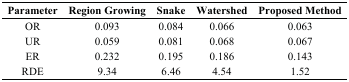
<table><thead><tr><td><b>Parameter</b></td><td><b>Region Growing</b></td><td><b>Snake</b></td><td><b>Watershed</b></td><td><b>Proposed Method</b></td></tr></thead><tbody><tr><td>OR</td><td>0.093</td><td>0.084</td><td>0.066</td><td>0.063</td></tr><tr><td>UR</td><td>0.059</td><td>0.081</td><td>0.068</td><td>0.067</td></tr><tr><td>ER</td><td>0.232</td><td>0.195</td><td>0.186</td><td>0.143</td></tr><tr><td>RDE</td><td>9.34</td><td>6.46</td><td>4.54</td><td>1.52</td></tr></tbody></table>